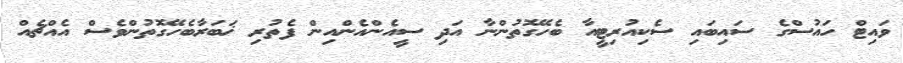
ވައިޓް ހައުސްގެ ސައިބައި ސެކިއުރިޓީއާ ބެހޭގޮތުންނާ އަދި ސީއެންއެންއިން ފެތުރި ޚަބަރާބެހޭގޮތުންވެސް އެއްޗެއް